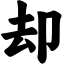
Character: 却